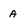
Character: A